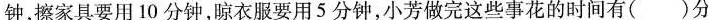
钟，擦家具要用10分钟，晾衣服要用5分钟，小芳做完这些事花的时间有( )分